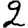
Digit: 2